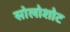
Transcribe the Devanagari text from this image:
सोलोशोट